Report on plague and inoculation in the Punjab from October 1st ... to September 30th..., being the ... season of plague in the province
Disease focus: Plague
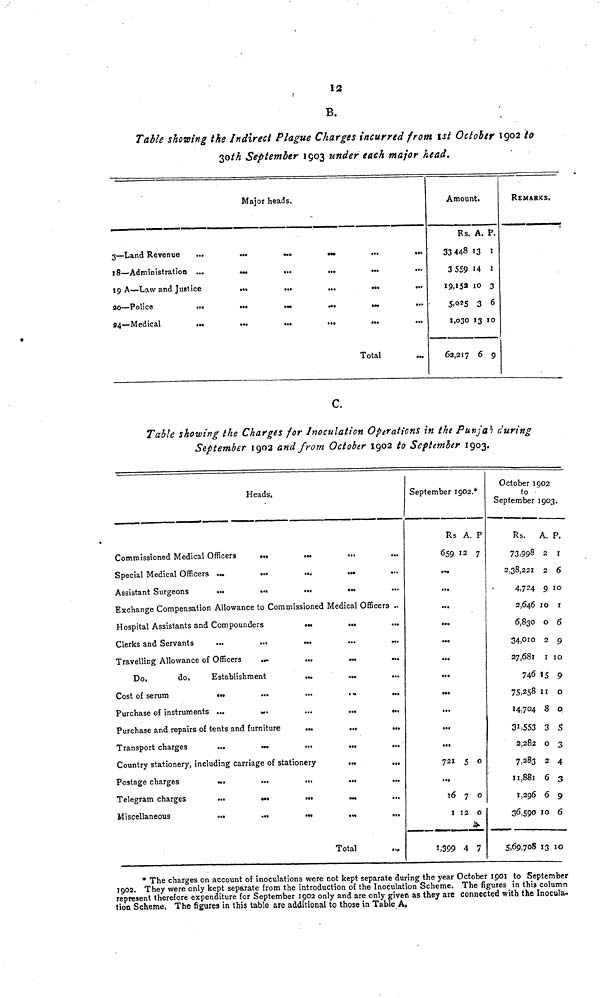
12
B.
Table showing the Indirect Plague Charges incurred from 1st October 1902 to
30th September 1903 under each major head.
3—Land Revenue
18—Administration
...
...
19 A—Law and Justice
20—Police
24—Medical
...
...
Major heads.
«••
...
...
...
...
...
...
...
...
...
...
...
...
...
...
...
...
...
...
...
Total
...
...
...
...
...
...
Amount.
Rs.
33 448
3 559
I9,»5a
5,025
1,030
62,217
A.
13
14
10
3
13
6
P.
1
1
3
6
10
9
REMARKS.
C.
Table showing the Charges for Inoculation Operations in the Punjab during
September 1902 and from October 1902 to September 1903.
Commissioned Medical Officers
Special Medical Officers ...
Assistant Surgeons
...
Heads.
...
...
...
...
...
• ••
«••
...
...
...
...
...
Exchange Compensation Allowance to Commissioned Medical Officers ..
Hospital Assistants and Compounders
Clerks and Servants
Travelling Allowance of Officers
...
Do.
do,
Establishment
Cost of serum
••«
Purchase of instruments ...
...
...
Purchase and repairs of tents and furniture
Transport charges
...
...
...
...
• ••
...
...
...
...
Country stationery, including carriage of stationery
Postage charges
...
Telegram charges
...
Miscellaneous
...
...
...
...
...
...
...
• ••
...
...
...
...
...
...
...
...
...
Total
...
...
...
...
...
...
...
...
...
...
...
...
September 1902.*
Rs
659
...
...
...
...
...
».
...
...
...
...
...
721
...
Ï6
1
1,399
A.
12
5
7
12
4
P
7
0
0
0
7
October 1902
to
September 1903.
Rs.
73,99 8
2,38,221
4,724
2,646
6,830
34,010
27,681
746
75,258
14,704
31,553
2,282
7,283
11,881
1,296
36,590
5,69,708
A.
2
2
9
10
0
2
1
15
11
8
3
0
2
6
6
10
13
P.
1
6
10
1
6
9
10
9
0
0
3
4
3
9
6
0
* The charges on account of inoculations were not kept separate during the year October 1901 to September
1902. They were only kept separate from the introduction of the Inoculation Scheme. The figures in this column
represent therefore expenditure for September 1902 only and are only given as they are connected with the Inocula-
tion Scheme. The figures in this table are additional to those in Table A,